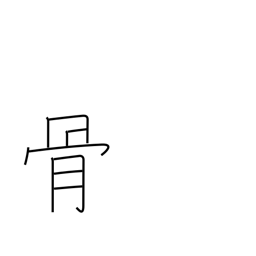
Meaning: remains